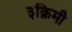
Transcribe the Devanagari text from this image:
३क़िमी